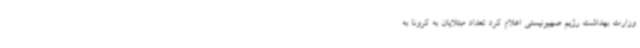
وزارت بهداشت رژیم صهیونیستی اعلام کرد تعداد مبتلایان به کرونا به